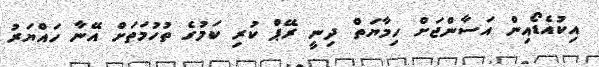
އިކުއެޑޯއިން އަސާންޖަށް ހިމާޔަތް ދިނީ ރޭޕް ކުރި ކަމުގެެ ތުހުމަތަށް އޭނާ ހައްޔަރު